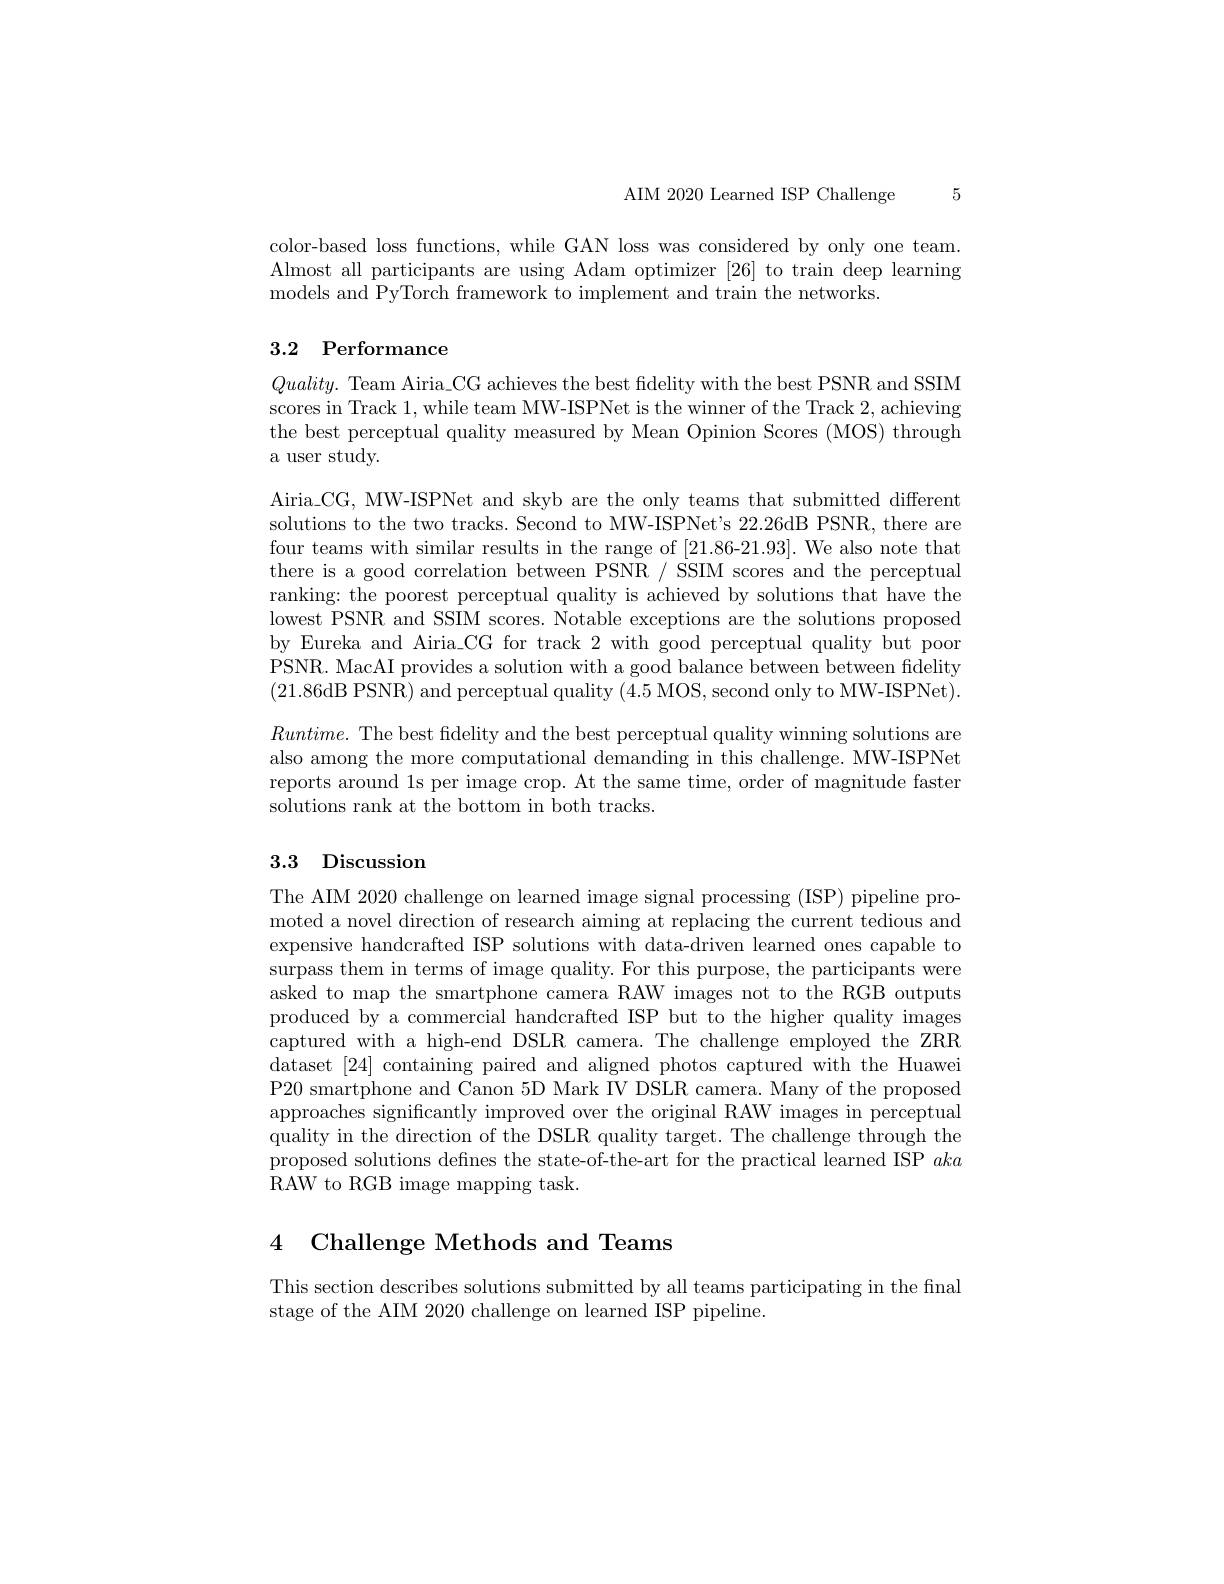
5

AIM 2020 Learned ISP Challenge

color-based loss functions, while GAN loss was considered by only one team. Almost all participants are using Adam optimizer [26] to train deep learning models and PyTorch framework to implement and train the networks

# 3.2 Performance

$Quality.$ Team Airia\_CG achieves the best fidelity with the best PSNR and SSIM scores in Track 1, while team MW-ISPNet is the winner of the Track 2, achieving the best perceptual quality measured by Mean Opinion Scores (MOS) through a user study.

$Airia\_CG, MW-ISPNet and skyb are the only teams that submitted different$ solutions to the two tracks. Second to MW-ISPNet's 22.26dB PSNR, there are four teams with similar results in the range of [21.86-21.93]. We also note that there is a good correlation between PSNR / SSIM scores and the perceptual ranking: the poorest perceptual quality is achieved by solutions that have the lowest PSNR and SSIM scores. Notable exceptions are the solutions proposed by Eureka and Airia\_CG for track 2 with good perceptual quality but poor PSNR. MacAI provides a solution with a good balance between between fidelity (21.86dB PSNR) and perceptual quality (4.5 MOS, second only to MW-ISPNet). $Runtime.$ The best fdelity and the best perceptual quality winning solutions are also among the more computational demanding in this challenge. MW-ISPNet reports around 1s per image crop. At the same time, order of magnitude faster solutions rank at the bottom in both tracks.

# 3.3 Discussion

The AIM 2020 challenge on learned image signal processing (ISP) pipeline promoted a novel direction of research aiming at replacing the current tedious and expensive handcrafted ISP solutions with data-driven learned ones capable to surpass them in terms of image quality. For this purpose, the participants were asked to map the smartphone camera RAW images not to the RGB outputs produced by a commercial handcrafted ISP but to the higher quality images captured with a high-end DSLR camera. The challenge employed the ZRR dataset [24] containing paired and aligned photos captured with the Huawei P20 smartphone and Canon 5D Mark IV DSLR camera. Many of the proposed approaches significantly improved over the original RAW images in perceptual quality in the direction of the DSLR quality target. The challenge through the proposed solutions defines the state-of-the-art for the practical learned ISP aka RAW to RGB image mapping task.

4 Challenge Methods and Teams

This section describes solutions submitted by all teams participating in the final
stage of the AIM 2020 challenge on learned ISP pipeline.